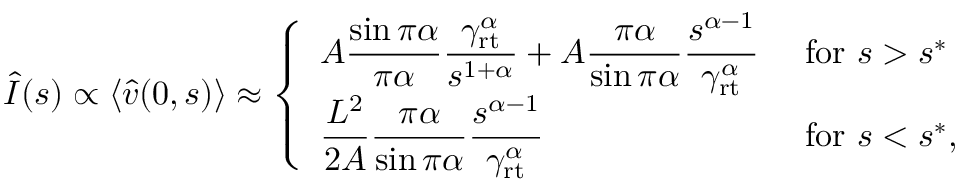
\begin{array} { r } { \hat { I } ( s ) \propto \langle \hat { v } ( 0 , s ) \rangle \approx \left\{ \begin{array} { l l } { \displaystyle A \frac { \sin \pi \alpha } { \pi \alpha } \frac { \gamma _ { \mathrm { r t } } ^ { \alpha } } { s ^ { 1 + \alpha } } + A \frac { \pi \alpha } { \sin \pi \alpha } \frac { s ^ { \alpha - 1 } } { \gamma _ { \mathrm { r t } } ^ { \alpha } } } & { \mathrm { ~ f o r ~ } s > s ^ { * } } \\ { \displaystyle \frac { L ^ { 2 } } { 2 A } \frac { \pi \alpha } { \sin \pi \alpha } \frac { s ^ { \alpha - 1 } } { \gamma _ { \mathrm { r t } } ^ { \alpha } } } & { \mathrm { ~ f o r ~ } s < s ^ { * } , } \end{array} \right. } \end{array}